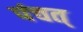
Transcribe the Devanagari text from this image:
पंचत्‌